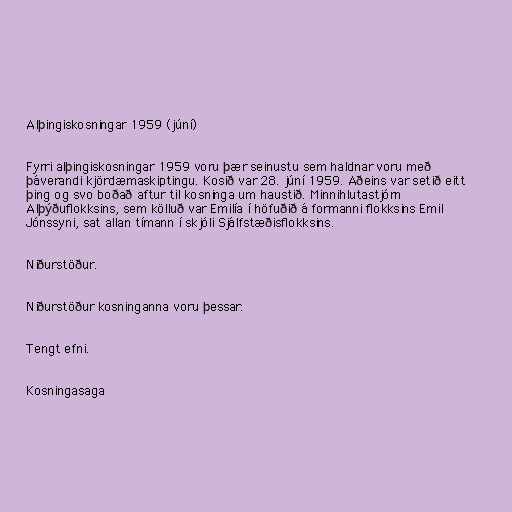
Alþingiskosningar 1959 (júní)

Fyrri alþingiskosningar 1959 voru þær seinustu sem haldnar voru með
þáverandi kjördæmaskiptingu. Kosið var 28. júní 1959. Aðeins var setið eitt
þing og svo boðað aftur til kosninga um haustið. Minnihlutastjórn
Alþýðuflokksins, sem kölluð var Emilía í höfuðið á formanni flokksins Emil
Jónssyni, sat allan tímann í skjóli Sjálfstæðisflokksins.

Niðurstöður.

Niðurstöður kosninganna voru þessar:

Tengt efni.

Kosningasaga